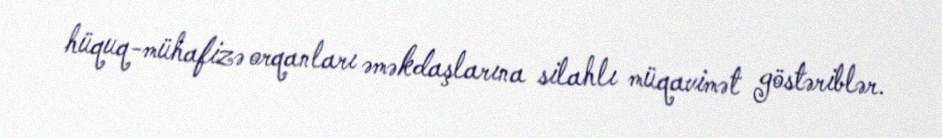
hüquq-mühafizə orqanları əməkdaşlarına silahlı müqavimət göstəriblər.